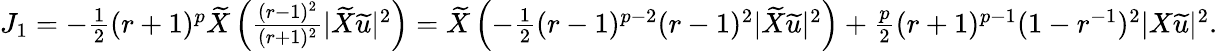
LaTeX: \begin{array}{r}{J_{1}=-\frac{1}{2}(r+1)^{p}\widetilde{X}\left(\frac{(r-1)^{2}}{(r+1)^{2}}|\widetilde{X}\widetilde{u}|^{2}\right)=\widetilde{X}\left(-\frac{1}{2}(r-1)^{p-2}(r-1)^{2}|\widetilde{X}\widetilde{u}|^{2}\right)+\frac{p}{2}(r+1)^{p-1}(1-r^{-1})^{2}|X\widetilde{u}|^{2}.}\end{array}